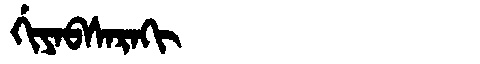
Manchu: ᡤᡳᠶᠠᠪᠰᠠᡵᠠᡴᡳ
Romanization: GIYABSARAKI